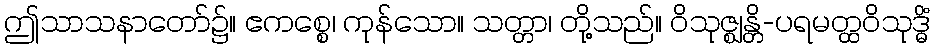
ဤသာသနာတော်၌။ ဧကစ္စေ၊ ကုန်သော။ သတ္တာ၊ တို့သည်။ ဝိသုဇ္ဈန္တိ-ပရမတ္ထဝိသုဒ္ဓိံ